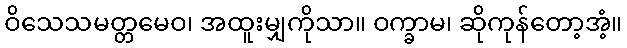
ဝိသေသမတ္တမေဝ၊ အထူးမျှကိုသာ။ ဝက္ခာမ၊ ဆိုကုန်တော့အံ့။